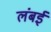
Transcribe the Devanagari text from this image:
लंबई